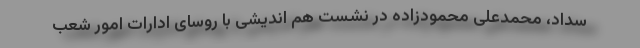
سداد، محمدعلی محمودزاده در نشست هم اندیشی با روسای ادارات امور شعب